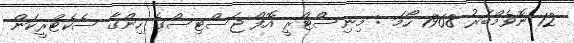
12 ނޮވެމްބަރު 1968 ހޯމަ : މިނިސްޓްރީ އޮފް ޖަސްޓިސްގެ ހިންގާ ސެކެޓްރީކަން